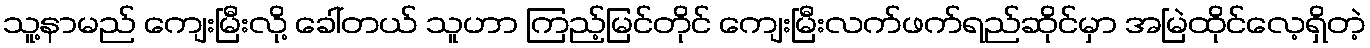
သူ့နာမည် ကျေးမြီးလို့ ခေါ်တယ် သူဟာ ကြည့်မြင်တိုင် ကျေးမြီးလက်ဖက်ရည်ဆိုင်မှာ အမြဲထိုင်လေ့ရှိတဲ့